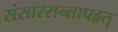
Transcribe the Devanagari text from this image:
संसारसन्तापहृत्